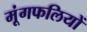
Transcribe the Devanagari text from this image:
मूंगफलियों